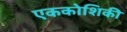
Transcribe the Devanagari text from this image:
एककोशिकी